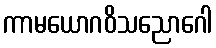
ကာမယောဂဝိသညောဂေါ